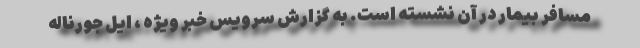
مسافر بیمار در آن نشسته است. به گزارش سرویس خبر ویژه ، ایل جورناله